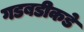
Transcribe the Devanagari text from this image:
गडबडीकडे